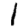
Digit: 1